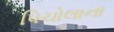
પિચોલાના